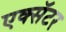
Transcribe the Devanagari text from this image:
एक्सॅटर